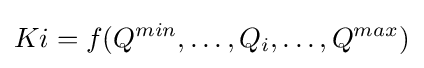
Ki=f{(Q^{min},\ldots ,Q_{i},\ldots ,Q^{max})}